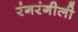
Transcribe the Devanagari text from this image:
रंगरंगीली